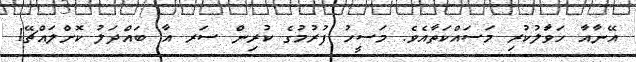
އޭނާއާ ހަވަާލުކުރި މަސައްކަތާއެވެ. މަސީހު ފުރުމުގެ ކުރިން ސަރ އާ ބައްދަލު ކޮށްލައްޗޭ!